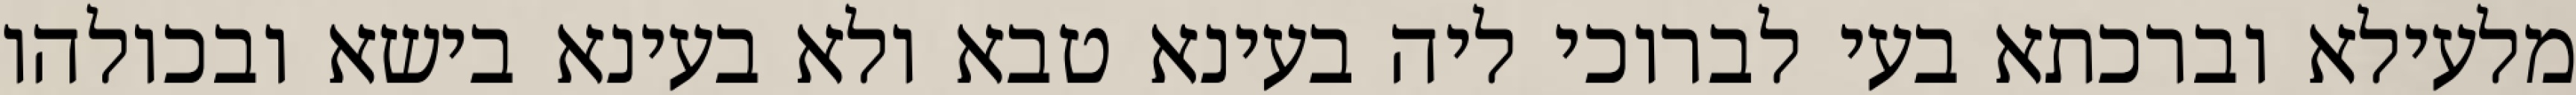
מלעילא וברכתא בעי לברוכי ליה בעינא טבא ולא בעינא בישא ובכולהו